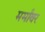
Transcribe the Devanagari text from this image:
मर्मांवर